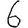
Digit: 6